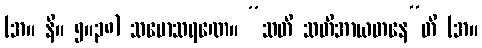
(အ။ နိ။ ၅။၃၈) သမောသရဏေ။ “သတိ သတိအာယတနေ”တိ (အ။